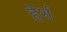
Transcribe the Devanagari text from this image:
हेर्श